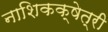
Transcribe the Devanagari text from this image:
नाशिकक्षेत्री